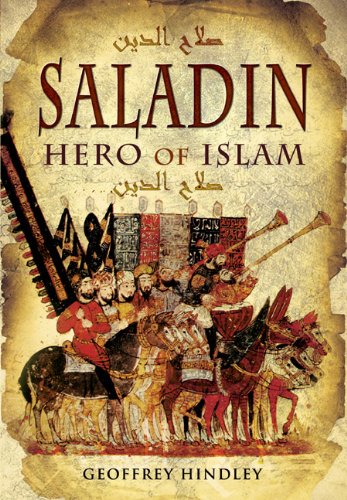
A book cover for SALADIN: Hero of Islam; Geoffrey Hindley; Biographies & Memoirs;